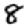
Digit: 8